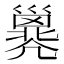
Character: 𢀇